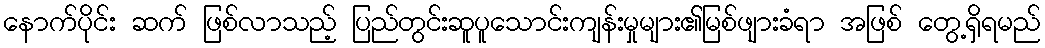
နောက်ပိုင်း ဆက် ဖြစ်လာသည့် ပြည်တွင်းဆူပူသောင်းကျန်းမှုများ၏မြစ်ဖျားခံရာ အဖြစ် တွေ့ရှိရမည်